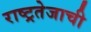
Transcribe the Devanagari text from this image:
राष्ट्रतेजाची